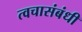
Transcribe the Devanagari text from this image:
त्वचासंबंधी